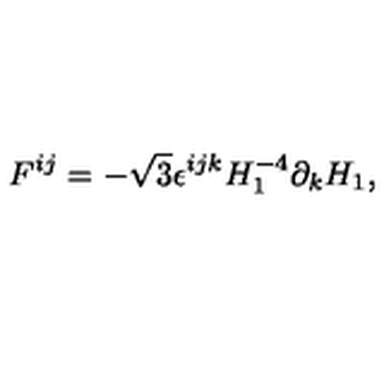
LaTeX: F ^ { i j } = - \sqrt { 3 } \epsilon ^ { i j k } H _ { 1 } ^ { - 4 } \partial _ { k } H _ { 1 } ,